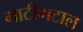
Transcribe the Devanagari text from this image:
माटीमटाल